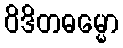
ဝိဒိတဓမ္မော